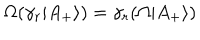
LaTeX: \Omega ( \gamma _ { r } | A _ { + } \rangle ) = \gamma _ { r } ( \Omega | A _ { + } \rangle )